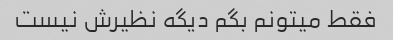
فقط میتونم بگم دیگه نظیرش نیست